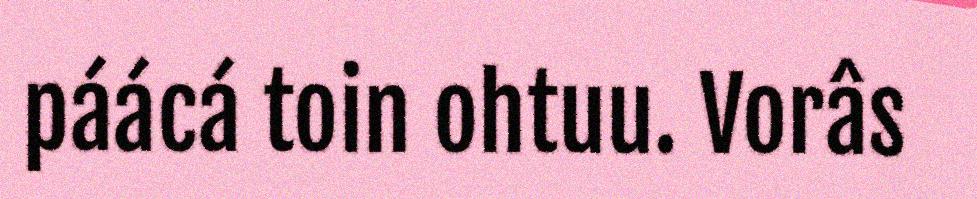
páácá toin ohtuu. Vorâs